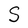
Character: S